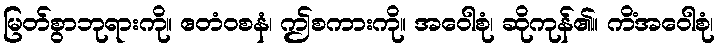
မြတ်စွာဘုရားကို။ ဧတံဝစနံ၊ ဤစကားကို။ အဝေါစုံ၊ ဆိုကုန်၏။ ကိံအဝေါစုံ၊